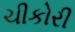
ચીકોરી